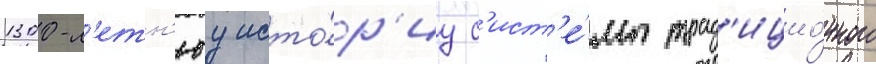
1300-л'етн'юу исто́р'иу с'ист'е́мы трад'ицио́нного